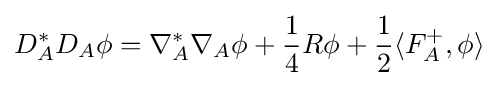
D_{A}^{*}D_{A}\phi =\nabla _{A}^{*}\nabla _{A}\phi +{\frac {1}{4}}R\phi +{\frac {1}{2}}\langle F_{A}^{+},\phi \rangle